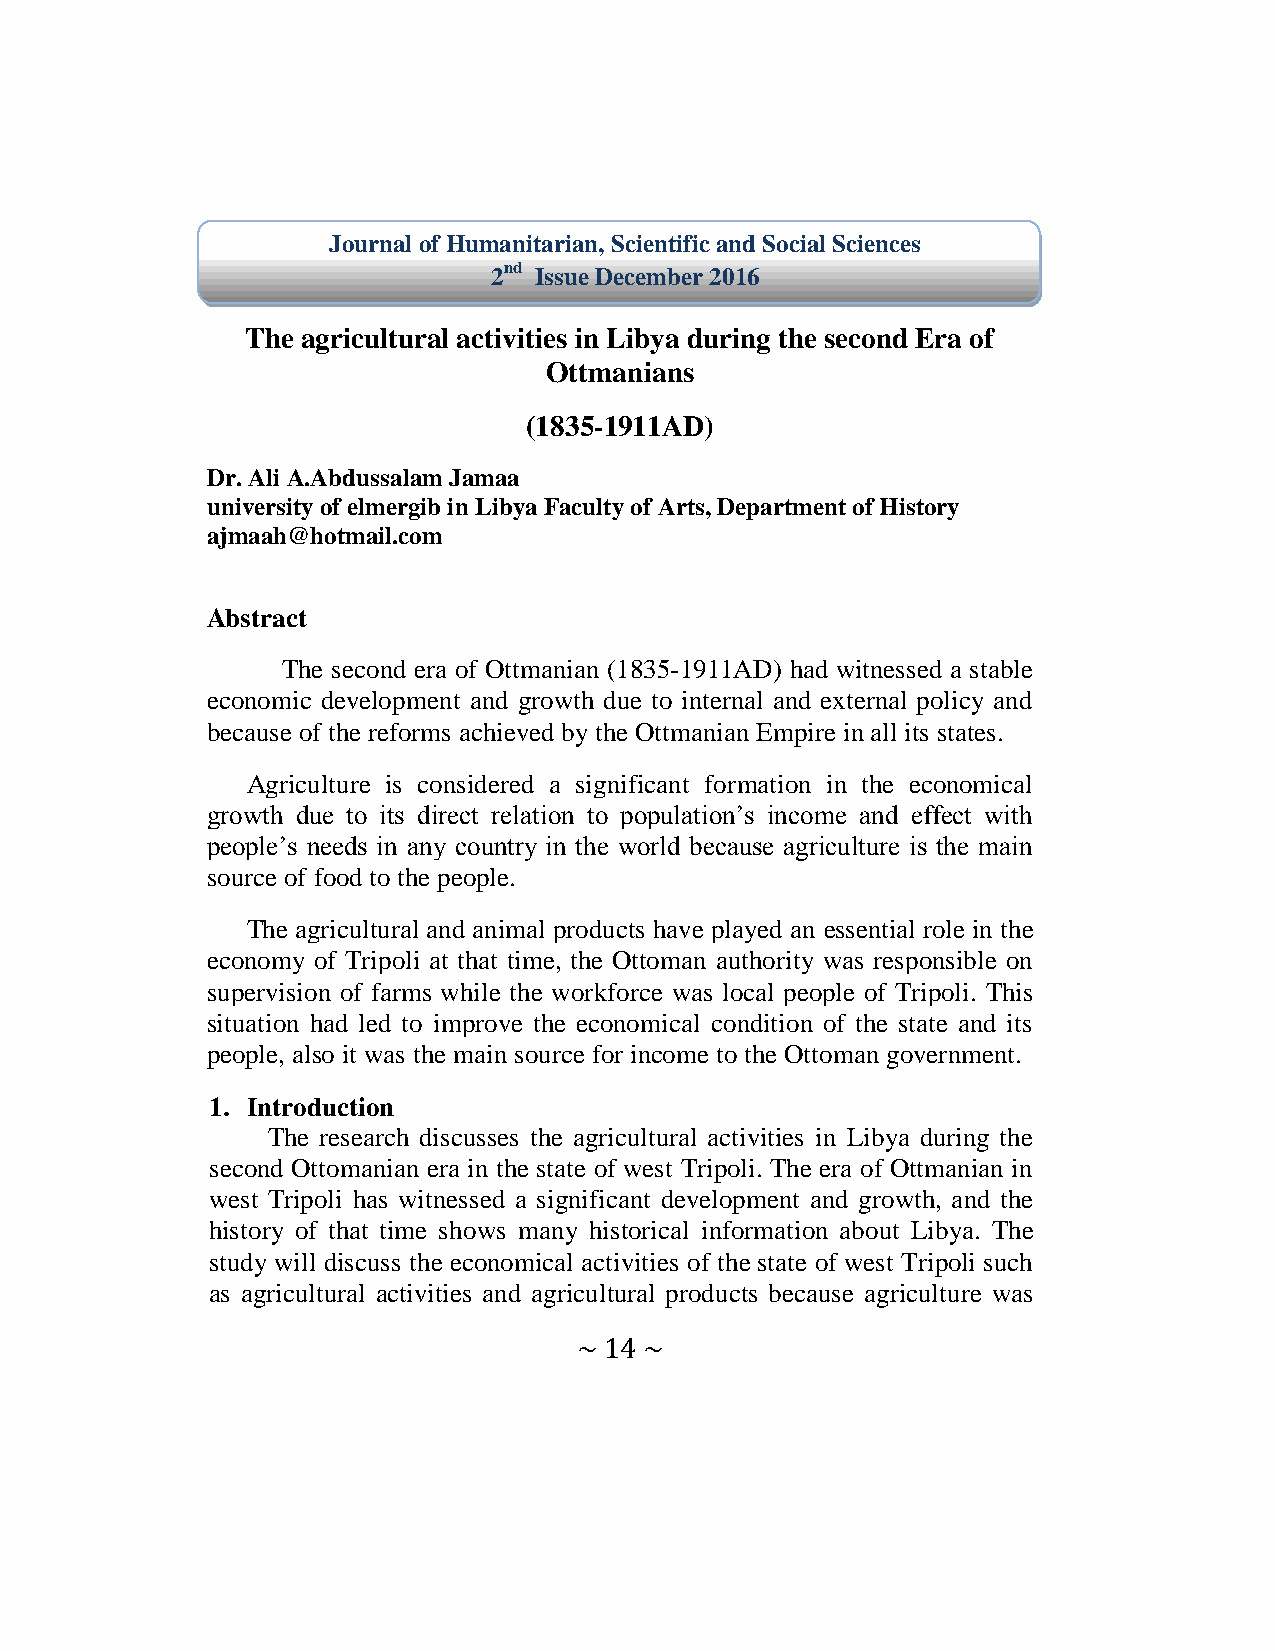
Journal of Humanitarian, Scientific and Social Sciences
 2nd Issue December 2016
 The agricultural activities in Libya during the second Era of
 Ottmanians
 (1835-1911AD)
 Dr. Ali A.Abdussalam Jamaa
 university of elmergib in Libya Faculty of Arts, Department of History
 ajmaah@hotmail.com
 Abstract
 The second era of Ottmanian (1835-1911AD) had witnessed a stable
 economic development and growth due to internal and external policy and
 because of the reforms achieved by the Ottmanian Empire in all its states.
 Agriculture is considered a significant formation in the economical
 growth due to its direct relation to population’s income and effect with
 people’s needs in any country in the world because agriculture is the main
 source of food to the people.
 The agricultural and animal products have played an essential role in the
 economy of Tripoli at that time, the Ottoman authority was responsible on
 supervision of farms while the workforce was local people of Tripoli. This
 situation had led to improve the economical condition of the state and its
 people, also it was the main source for income to the Ottoman government.
 1. Introduction
 The research discusses the agricultural activities in Libya during the
 second Ottomanian era in the state of west Tripoli. The era of Ottmanian in
 west Tripoli has witnessed a significant development and growth, and the
 history of that time shows many historical information about Libya. The
 study will discuss the economical activities of the state of west Tripoli such
 as agricultural activities and agricultural products because agriculture was
 ~ 14 ~